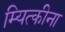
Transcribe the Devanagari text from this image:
म्यित्कीना